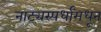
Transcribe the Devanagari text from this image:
नाट्यस्पर्धांमधून